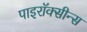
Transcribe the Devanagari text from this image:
पाइरॉक्सीन्स